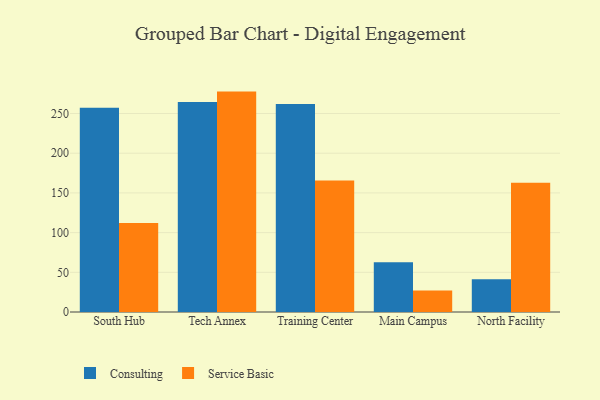
{"axis": {"x": "Campus", "y": "Temperature (°C)"}, "legend": ["Consulting", "Service Basic"], "data": [{"x": "South Hub", "y": 257.2, "type": "Consulting"}, {"x": "South Hub", "y": 112.1, "type": "Service Basic"}, {"x": "Tech Annex", "y": 264.5, "type": "Consulting"}, {"x": "Tech Annex", "y": 277.6, "type": "Service Basic"}, {"x": "Training Center", "y": 262.0, "type": "Consulting"}, {"x": "Training Center", "y": 165.5, "type": "Service Basic"}, {"x": "Main Campus", "y": 62.6, "type": "Consulting"}, {"x": "Main Campus", "y": 27.2, "type": "Service Basic"}, {"x": "North Facility", "y": 41.1, "type": "Consulting"}, {"x": "North Facility", "y": 162.9, "type": "Service Basic"}]}